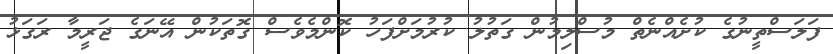
ފަލަސްތީނުގެ ކުށެއްނެތް މުސްލިމުން ގަތުލު ކުރުމަށްފަހު ކޮންމެވެސް ގޮތަކުން އޭނަގެ ޖަރީމާ ރަގަޅު